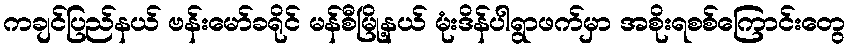
ကချင်ပြည်နယ် ဗန်းမော်ခရိုင် မန်စီမြို့နယ် မုံးဒိန်ပါရွာဖက်မှာ အစိုးရစစ်ကြောင်းတွေ